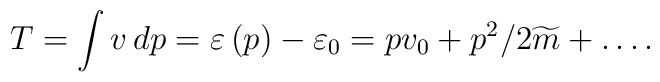
T=\int v\,dp=\varepsilon \left( p\right) -\varepsilon _{0}=pv_{0}+p^{2}/2\widetilde{m}+\ldots.